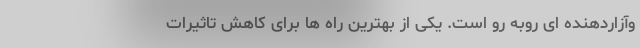
وآزاردهنده ای روبه رو است. یکی از بهترین راه ها برای کاهش تاثیرات